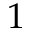
1